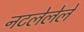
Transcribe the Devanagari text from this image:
नटलेलेले